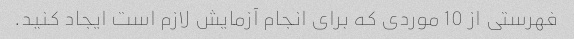
فهرستی از 10 موردی که برای انجام آزمایش لازم است ایجاد کنید.